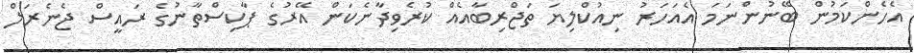
އެހެންކަމުން ބޭނުންނަމަ އެއަހަރު ނިއުކްލިޔަ ތަޖްރިބާއެއް ކުރެވިދާނެކަން އޭރުގެ ޕާކިސްތާނުގެ ރައީސް ޖެނެރަލް